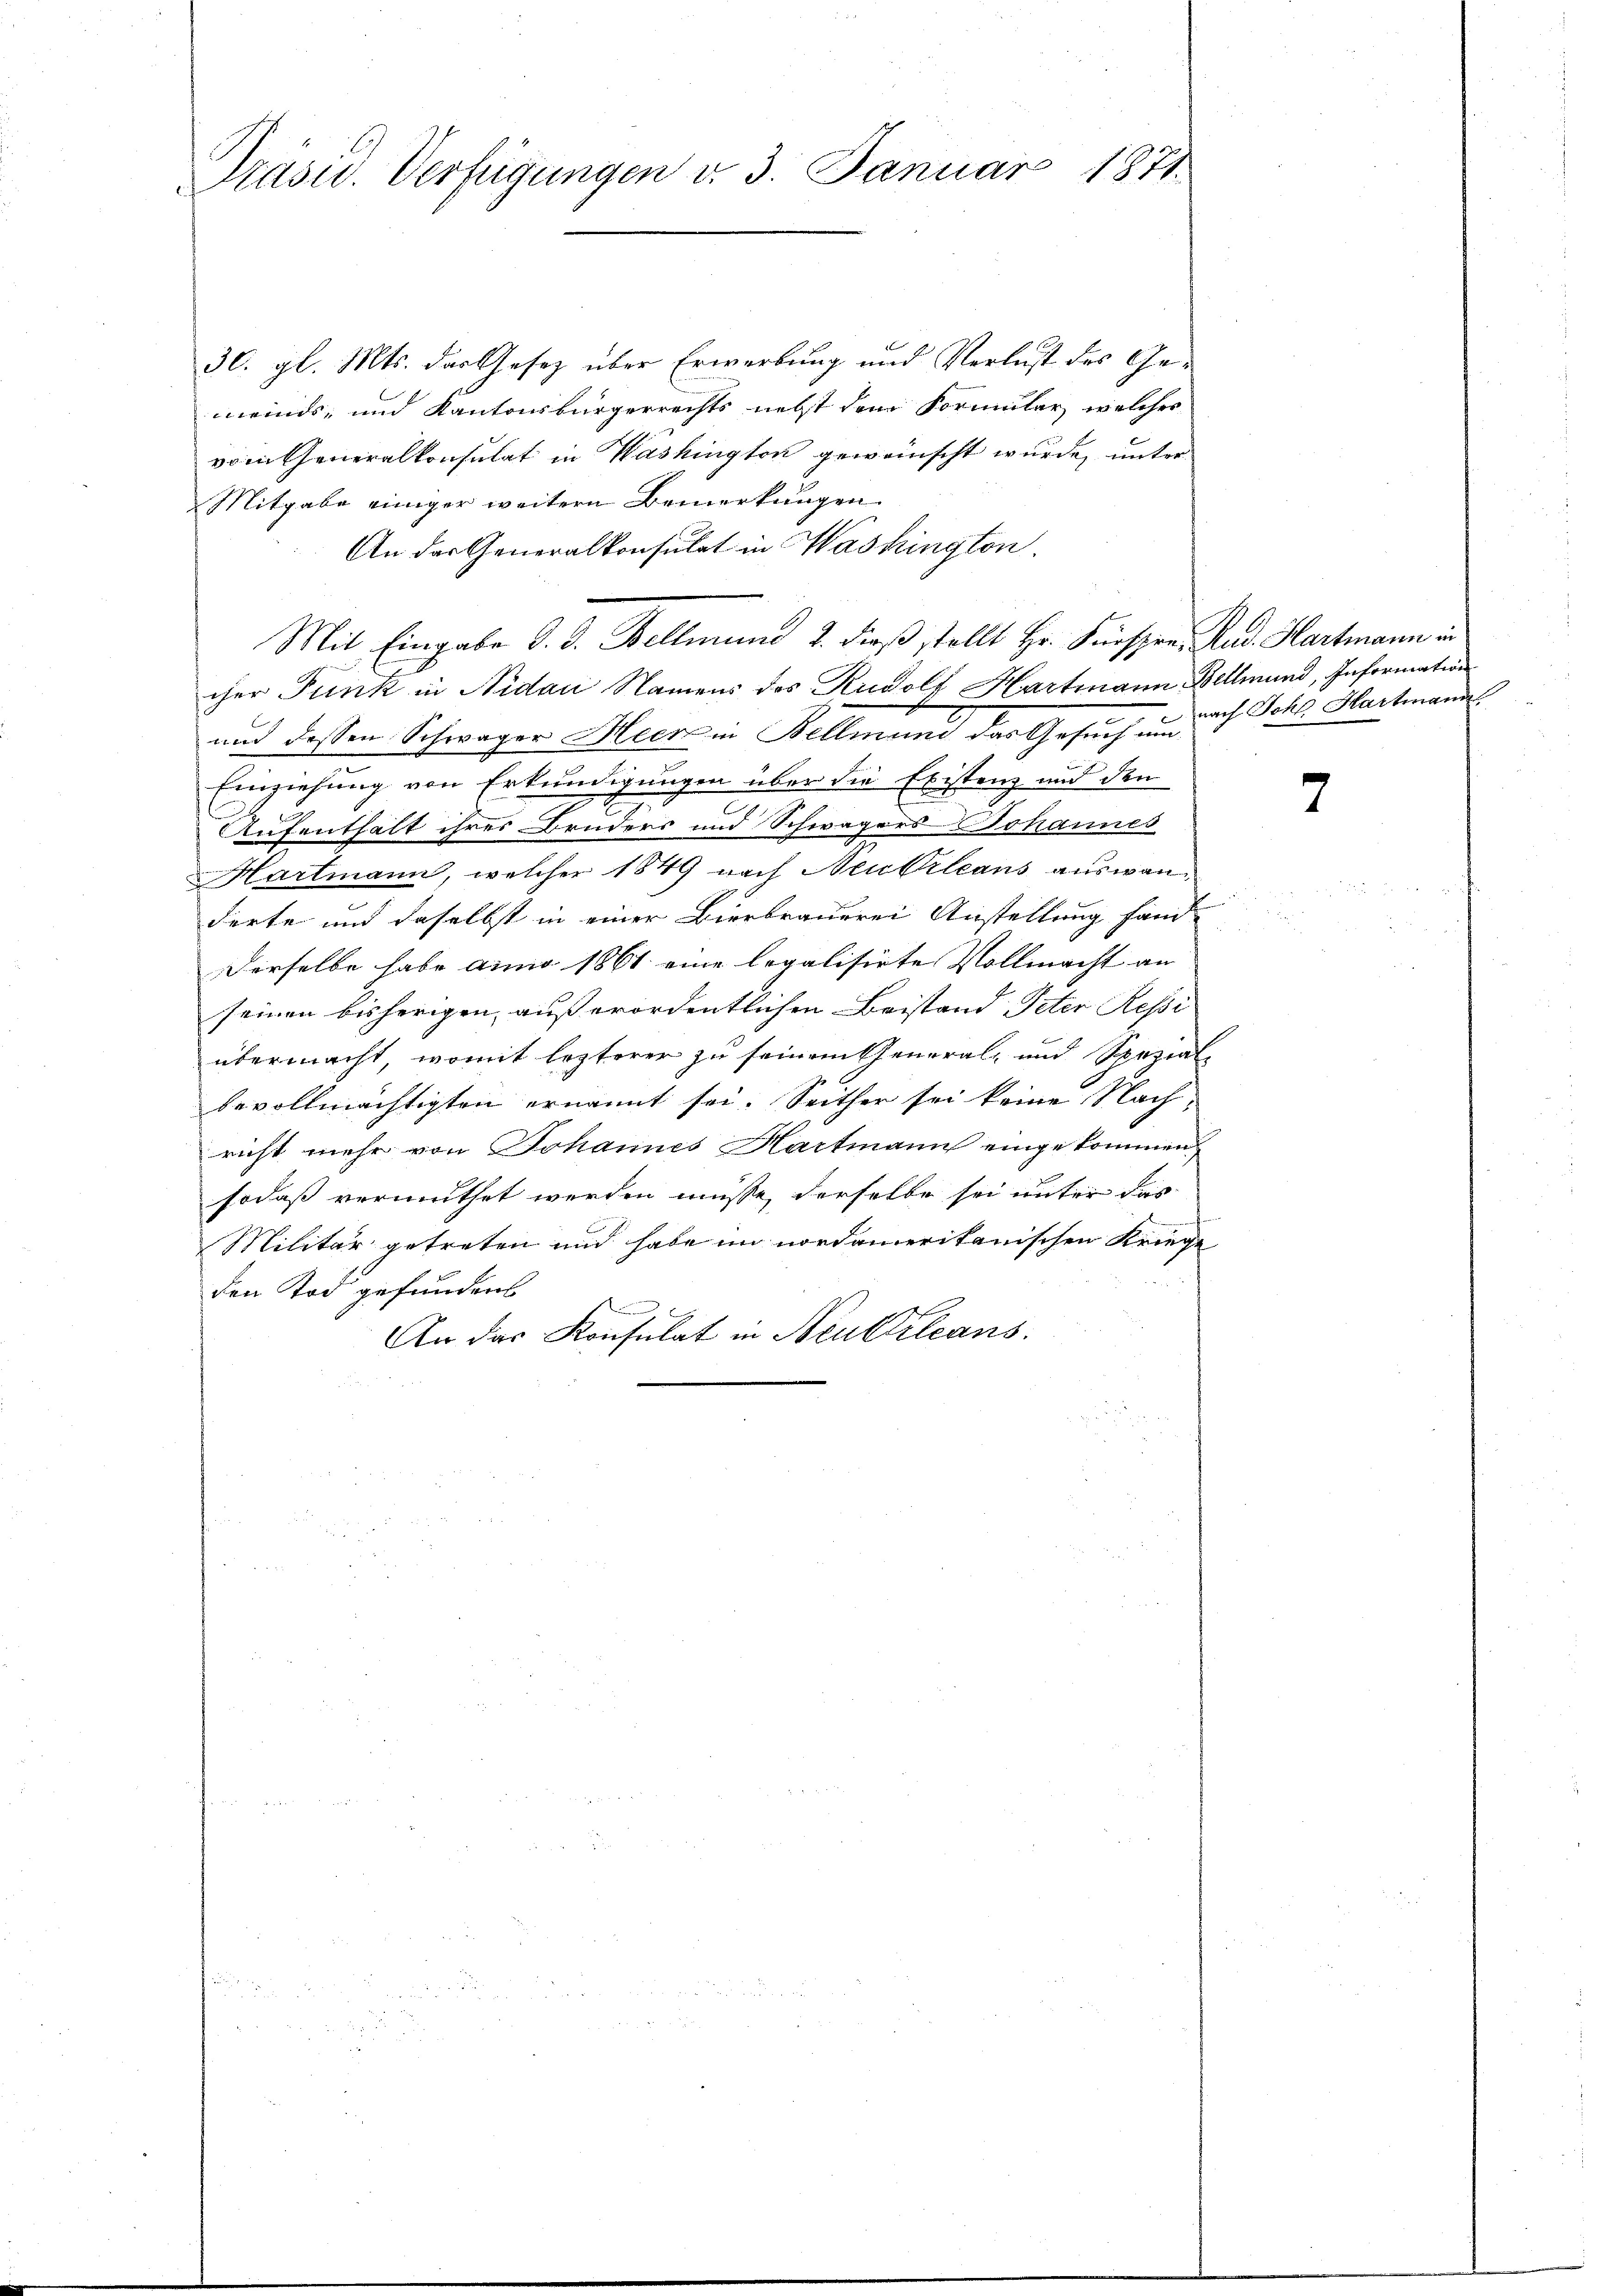
Präsid. Verfügungen v. 3. Januar 1871

30. gl. Mts. das Gesetz über Erwerbung und Verlust des Gemeinds- und Kantonsbürgerrechts nebst dem Formular, welches
vom Generalkonsulat in Washington gewünscht wurde, unter
Mitgabe einiger weitern Bemerkungen
An das Generalkonsulat in Washington.
Mit Eingabe d. d. Bellmund 2. dieß stellt Hr. Fürspre, Rud. Hartmann in
cher Funk in Nidau Namens des Rudolf Hartmann Kellmund, Information
und dessen Schwager Heer in Bellmund das Gesuch um
Einziehung von Erkundigungen über die Existenz und den
2
Aufenthalt ihres Bruders und Schwagers Johannes
Martmann, welcher 1849 nach Neukrleans auswanderte und daselbst in einer Bierbrauerei Anstellung fand-
Derselbe habe anno 1861 eine legalisirte Vollmacht an
seinen bisherigen, außerordentlichen Beistand Peter Ressi
übermacht, womit lezterer zu seinem General- und Spezial-
bevollmächtigten ernannt sei. Seither sei keine Nachricht mehr von Johannes Hartmann eingekommen
sodaß vermuthet werden müsse, derselbe sei unter das
Militär getreten und habe im nordamerikanischen Kriege
den Tod gefunden
An das Konsulat in Neubileans

nach Sche Hartmann

7